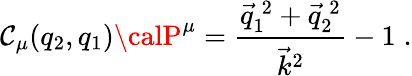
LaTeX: \mathcal{C}_{\mu}(q_{2},q_{1}){\calP}^{\mu}=\frac{{\vec{{q}}_{1}^{\: 2}+\vec{{q}}_{2}^{\: 2}}}{{\vec{{k}}^{2}}}-1\; .